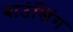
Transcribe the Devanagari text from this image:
बाउंसिंग